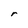
Character: r